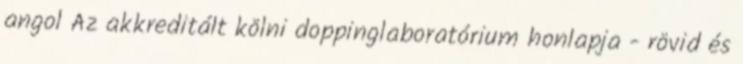
angol Az akkreditált kölni doppinglaboratórium honlapja - rövid és